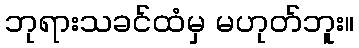
ဘုရားသခင်ထံမှ မဟုတ်ဘူး။